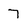
Character: 7